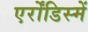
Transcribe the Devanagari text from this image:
एर्रोंडिस्में